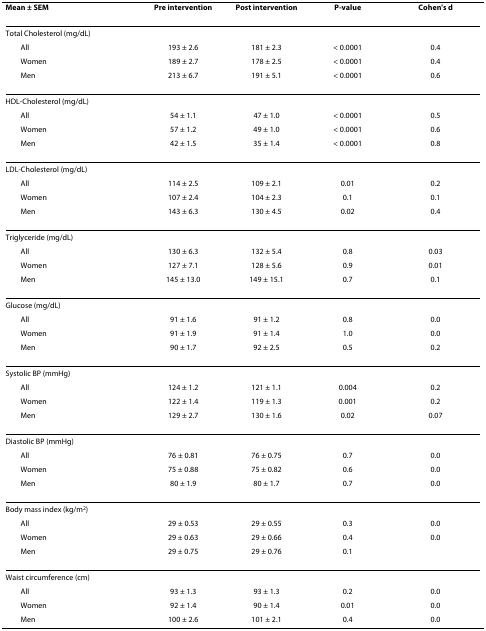
<table><thead><tr><td><b>Mean ± SEM</b></td><td><b>Pre intervention</b></td><td><b>Post intervention</b></td><td><b>P-value</b></td><td><b>Cohen&#x27;s d</b></td></tr></thead><tbody><tr><td>Total Cholesterol (mg/dL)</td><td></td><td></td><td></td><td></td></tr><tr><td> All</td><td>193 ± 2.6</td><td>181 ± 2.3</td><td>&lt; 0.0001</td><td>0.4</td></tr><tr><td> Women</td><td>189 ± 2.7</td><td>178 ± 2.5</td><td>&lt; 0.0001</td><td>0.4</td></tr><tr><td> Men</td><td>213 ± 6.7</td><td>191 ± 5.1</td><td>&lt; 0.0001</td><td>0.6</td></tr><tr><td>HDL-Cholesterol (mg/dL)</td><td></td><td></td><td></td><td></td></tr><tr><td> All</td><td>54 ± 1.1</td><td>47 ± 1.0</td><td>&lt; 0.0001</td><td>0.5</td></tr><tr><td> Women</td><td>57 ± 1.2</td><td>49 ± 1.0</td><td>&lt; 0.0001</td><td>0.6</td></tr><tr><td> Men</td><td>42 ± 1.5</td><td>35 ± 1.4</td><td>&lt; 0.0001</td><td>0.8</td></tr><tr><td>LDL-Cholesterol (mg/dL)</td><td></td><td></td><td></td><td></td></tr><tr><td> All</td><td>114 ± 2.5</td><td>109 ± 2.1</td><td>0.01</td><td>0.2</td></tr><tr><td> Women</td><td>107 ± 2.4</td><td>104 ± 2.3</td><td>0.1</td><td>0.1</td></tr><tr><td> Men</td><td>143 ± 6.3</td><td>130 ± 4.5</td><td>0.02</td><td>0.4</td></tr><tr><td>Triglyceride (mg/dL)</td><td></td><td></td><td></td><td></td></tr><tr><td> All</td><td>130 ± 6.3</td><td>132 ± 5.4</td><td>0.8</td><td>0.03</td></tr><tr><td> Women</td><td>127 ± 7.1</td><td>128 ± 5.6</td><td>0.9</td><td>0.01</td></tr><tr><td> Men</td><td>145 ± 13.0</td><td>149 ± 15.1</td><td>0.7</td><td>0.1</td></tr><tr><td>Glucose (mg/dL)</td><td></td><td></td><td></td><td></td></tr><tr><td> All</td><td>91 ± 1.6</td><td>91 ± 1.2</td><td>0.8</td><td>0.0</td></tr><tr><td> Women</td><td>91 ± 1.9</td><td>91 ± 1.4</td><td>1.0</td><td>0.0</td></tr><tr><td> Men</td><td>90 ± 1.7</td><td>92 ± 2.5</td><td>0.5</td><td>0.2</td></tr><tr><td>Systolic BP (mmHg)</td><td></td><td></td><td></td><td></td></tr><tr><td> All</td><td>124 ± 1.2</td><td>121 ± 1.1</td><td>0.004</td><td>0.2</td></tr><tr><td> Women</td><td>122 ± 1.4</td><td>119 ± 1.3</td><td>0.001</td><td>0.2</td></tr><tr><td> Men</td><td>129 ± 2.7</td><td>130 ± 1.6</td><td>0.02</td><td>0.07</td></tr><tr><td>Diastolic BP (mmHg)</td><td></td><td></td><td></td><td></td></tr><tr><td> All</td><td>76 ± 0.81</td><td>76 ± 0.75</td><td>0.7</td><td>0.0</td></tr><tr><td> Women</td><td>75 ± 0.88</td><td>75 ± 0.82</td><td>0.6</td><td>0.0</td></tr><tr><td> Men</td><td>80 ± 1.9</td><td>80 ± 1.7</td><td>0.7</td><td>0.0</td></tr><tr><td>Body mass index (kg/m<sup>2</sup>)</td><td></td><td></td><td></td><td></td></tr><tr><td> All</td><td>29 ± 0.53</td><td>29 ± 0.55</td><td>0.3</td><td>0.0</td></tr><tr><td> Women</td><td>29 ± 0.63</td><td>29 ± 0.66</td><td>0.4</td><td>0.0</td></tr><tr><td> Men</td><td>29 ± 0.75</td><td>29 ± 0.76</td><td>0.1</td><td></td></tr><tr><td>Waist circumference (cm)</td><td></td><td></td><td></td><td></td></tr><tr><td> All</td><td>93 ± 1.3</td><td>93 ± 1.3</td><td>0.2</td><td>0.0</td></tr><tr><td> Women</td><td>92 ± 1.4</td><td>90 ± 1.4</td><td>0.01</td><td>0.0</td></tr><tr><td> Men</td><td>100 ± 2.6</td><td>101 ± 2.1</td><td>0.4</td><td>0.0</td></tr></tbody></table>